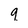
Character: q